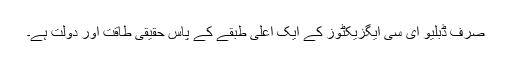
صرف ڈبلیو ای سی ایگزیکٹوز کے ایک اعلی طبقے کے پاس حقیقی طاقت اور دولت ہے۔